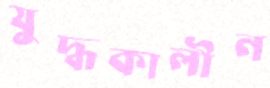
যুদ্ধকালীন